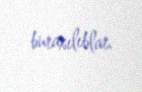
buraxılıblar.